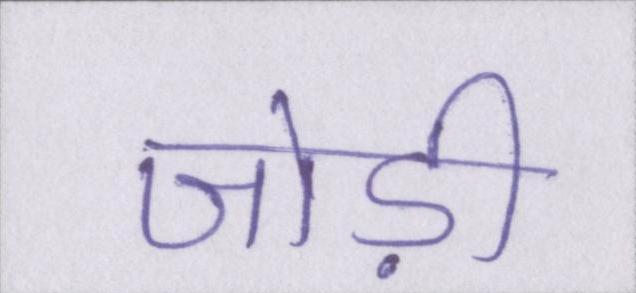
जोड़ी